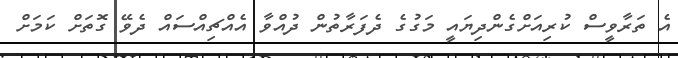
އެ ތަރާވީސް ކުރިއަށްގެންދިޔައީ މަގުގެ ދެފަރާތުން ދުއްވާ އެއްޗިއްސައް ދެވޭ ގޮތަށް ކަމަށް